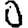
Digit: 0